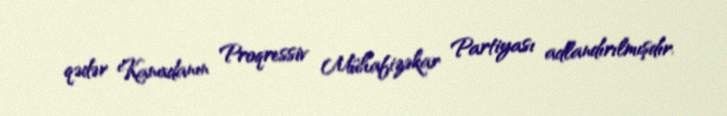
qədər Kanadanın Proqressiv Mühafizəkar Partiyası adlandırılmışdır.